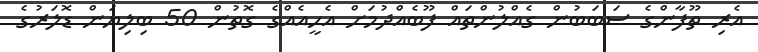
އެރި ތޫފާންގެ ސަބަބުން ގެއްލުންތައް ފޫބެއްދުމަށް އެހީއެއްގެ ގޮތުން 50 ބިލިޔަން ޑޮލަރުގެ